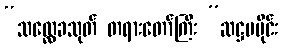
“သလ္လေခသုတ် တရားတော်ကြီး ”ဆဋ္ဌမပိုင်း